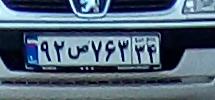
۹۲ص۷۶۳۳۴